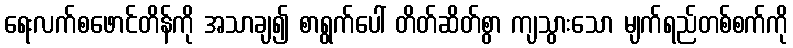
ရေးလက်စဖောင်တိန်ကို အသာချ၍ စာရွက်ပေါ် တိတ်ဆိတ်စွာ ကျသွားသော မျက်ရည်တစ်စက်ကို